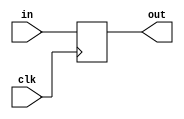
module coreir_reg #(
    parameter width = 1,
    parameter clk_posedge = 1,
    parameter init = 1
) (
    input clk,
    input [width-1:0] in,
    output [width-1:0] out
);
  reg [width-1:0] outReg=init;
  wire real_clk;
  assign real_clk = clk_posedge ? clk : ~clk;
  always @(posedge real_clk) begin
    outReg <= in;
  end
  assign out = outReg;
endmodule

module Register (
    input CLK,
    input I_X,
    input [4:0] I_Y,
    output O_X,
    output [4:0] O_Y
);
wire [5:0] reg_P6_inst0_out;
wire [5:0] reg_P6_inst0_in;
assign reg_P6_inst0_in = {I_Y,I_X};
coreir_reg #(
    .clk_posedge(1'b1),
    .init(6'h00),
    .width(6)
) reg_P6_inst0 (
    .clk(CLK),
    .in(reg_P6_inst0_in),
    .out(reg_P6_inst0_out)
);
assign O_X = reg_P6_inst0_out[0];
assign O_Y = {reg_P6_inst0_out[5],reg_P6_inst0_out[4],reg_P6_inst0_out[3],reg_P6_inst0_out[2],reg_P6_inst0_out[1]};
endmodule

module SIPO5 (
    input CLK,
    input I_X,
    input [4:0] I_Y,
    output O_0_X,
    output [4:0] O_0_Y,
    output O_1_X,
    output [4:0] O_1_Y,
    output O_2_X,
    output [4:0] O_2_Y,
    output O_3_X,
    output [4:0] O_3_Y,
    output O_4_X,
    output [4:0] O_4_Y
);
wire Register_inst0_O_X;
wire [4:0] Register_inst0_O_Y;
wire Register_inst1_O_X;
wire [4:0] Register_inst1_O_Y;
wire Register_inst2_O_X;
wire [4:0] Register_inst2_O_Y;
wire Register_inst3_O_X;
wire [4:0] Register_inst3_O_Y;
wire Register_inst4_O_X;
wire [4:0] Register_inst4_O_Y;
Register Register_inst0 (
    .CLK(CLK),
    .I_X(I_X),
    .I_Y(I_Y),
    .O_X(Register_inst0_O_X),
    .O_Y(Register_inst0_O_Y)
);
Register Register_inst1 (
    .CLK(CLK),
    .I_X(Register_inst0_O_X),
    .I_Y(Register_inst0_O_Y),
    .O_X(Register_inst1_O_X),
    .O_Y(Register_inst1_O_Y)
);
Register Register_inst2 (
    .CLK(CLK),
    .I_X(Register_inst1_O_X),
    .I_Y(Register_inst1_O_Y),
    .O_X(Register_inst2_O_X),
    .O_Y(Register_inst2_O_Y)
);
Register Register_inst3 (
    .CLK(CLK),
    .I_X(Register_inst2_O_X),
    .I_Y(Register_inst2_O_Y),
    .O_X(Register_inst3_O_X),
    .O_Y(Register_inst3_O_Y)
);
Register Register_inst4 (
    .CLK(CLK),
    .I_X(Register_inst3_O_X),
    .I_Y(Register_inst3_O_Y),
    .O_X(Register_inst4_O_X),
    .O_Y(Register_inst4_O_Y)
);
assign O_0_X = Register_inst0_O_X;
assign O_0_Y = Register_inst0_O_Y;
assign O_1_X = Register_inst1_O_X;
assign O_1_Y = Register_inst1_O_Y;
assign O_2_X = Register_inst2_O_X;
assign O_2_Y = Register_inst2_O_Y;
assign O_3_X = Register_inst3_O_X;
assign O_3_Y = Register_inst3_O_Y;
assign O_4_X = Register_inst4_O_X;
assign O_4_Y = Register_inst4_O_Y;
endmodule

module test_sipo_product (
    input CLK,
    input I_X,
    input [4:0] I_Y,
    output O_0_X,
    output [4:0] O_0_Y,
    output O_1_X,
    output [4:0] O_1_Y,
    output O_2_X,
    output [4:0] O_2_Y,
    output O_3_X,
    output [4:0] O_3_Y,
    output O_4_X,
    output [4:0] O_4_Y
);
wire SIPO5_inst0_O_0_X;
wire [4:0] SIPO5_inst0_O_0_Y;
wire SIPO5_inst0_O_1_X;
wire [4:0] SIPO5_inst0_O_1_Y;
wire SIPO5_inst0_O_2_X;
wire [4:0] SIPO5_inst0_O_2_Y;
wire SIPO5_inst0_O_3_X;
wire [4:0] SIPO5_inst0_O_3_Y;
wire SIPO5_inst0_O_4_X;
wire [4:0] SIPO5_inst0_O_4_Y;
SIPO5 SIPO5_inst0 (
    .CLK(CLK),
    .I_X(I_X),
    .I_Y(I_Y),
    .O_0_X(SIPO5_inst0_O_0_X),
    .O_0_Y(SIPO5_inst0_O_0_Y),
    .O_1_X(SIPO5_inst0_O_1_X),
    .O_1_Y(SIPO5_inst0_O_1_Y),
    .O_2_X(SIPO5_inst0_O_2_X),
    .O_2_Y(SIPO5_inst0_O_2_Y),
    .O_3_X(SIPO5_inst0_O_3_X),
    .O_3_Y(SIPO5_inst0_O_3_Y),
    .O_4_X(SIPO5_inst0_O_4_X),
    .O_4_Y(SIPO5_inst0_O_4_Y)
);
assign O_0_X = SIPO5_inst0_O_0_X;
assign O_0_Y = SIPO5_inst0_O_0_Y;
assign O_1_X = SIPO5_inst0_O_1_X;
assign O_1_Y = SIPO5_inst0_O_1_Y;
assign O_2_X = SIPO5_inst0_O_2_X;
assign O_2_Y = SIPO5_inst0_O_2_Y;
assign O_3_X = SIPO5_inst0_O_3_X;
assign O_3_Y = SIPO5_inst0_O_3_Y;
assign O_4_X = SIPO5_inst0_O_4_X;
assign O_4_Y = SIPO5_inst0_O_4_Y;
endmodule